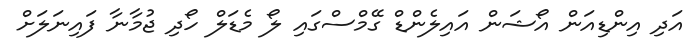
އަދި އިންޑިއަން އޯޝަން އައިލެންޑް ގޭމްސްގައި ލޯ މެޑަލް ހޯދި ޖުމާނާ ފައިނަލަށް